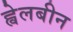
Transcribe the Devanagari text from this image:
ह्वेलबीन